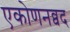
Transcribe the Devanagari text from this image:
एकोणनव्वद